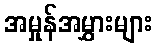
အမှုန်အမွှားများ